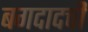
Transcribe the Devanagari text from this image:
बगदादची